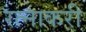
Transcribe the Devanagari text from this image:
रत्नाकरी